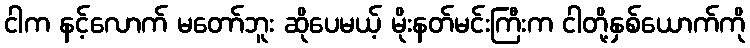
ငါက နင့်လောက် မတော်ဘူး ဆိုပေမယ့် မိုးနတ်မင်းကြီးက ငါတို့နှစ်ယောက်ကို